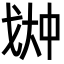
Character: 𫻳